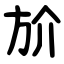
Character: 斺